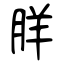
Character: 羘